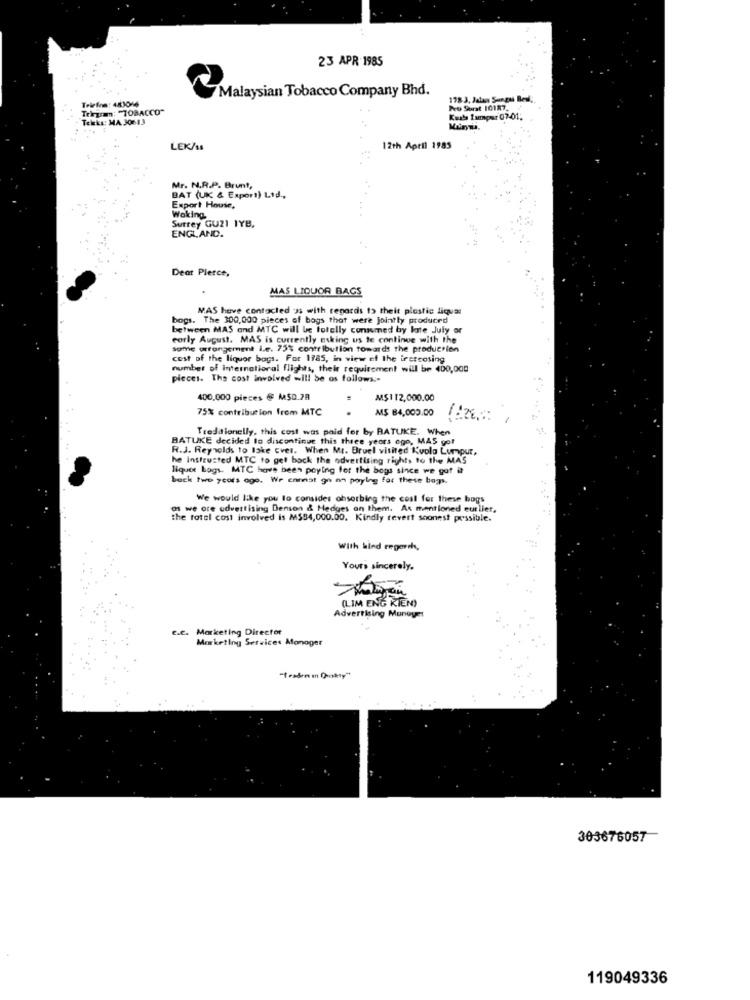
23 APR 1985
Malaysian Tobacco Company Bhd.
Telefon: 483016
178.3, Jalan Sangui Besi,
Trigram: "TOBACCO"
No Surat 10187.
Tekka: MA 30613
Karls Lumpur 07-01;
LEK/s8
12th April 1985
Mr. N.R.P. Brunt,
BAT (UK & Export) Ltd .,
Export House,
Surrey GU21 1YB,
Woking
ENGLAND.
Dear Pierce,
MAS LIQUOR BAGS
NAS have contacted oss with regards to theit plastic liquar
bogs. The 300,000 pieces of bogs that were jointly produced
between MAS and MTC will be totelly consumed by late July or
eorly August. MAS is currently asking us te continue with the
same arrangement i.e. 75% contribution towards the production
cost of the liquor bags. For 1785, in view ef the irerecting
number of international flights, their requirement will be 400,000
pieces. The cost involved will be as follows ..
400,000 pieces @ M50.28
M$112,000.00
75% contribution from MTC
MS 84,000.00
Tredalonelly, this cost was paid for by BATUKE. When
BATUKE decided to discontinue this three years ago, MAS got
R.J. Reynolds to Bake Ever. When Mt. Bruel visited Kvolo Lumpur,
he instrusted MTC to get back the advertising rights to the MAS
liquor Logs. MTC have been paying for the bogs since we got it
beck two years age. We cannat go on paying for these boys.
We would like you lo consider absorbing the coal for these bogs
as we ore advertising Denson & Hedges on them. As mentioned eurlier,
the total cost involved is M$84,000.00. Kindly revert soonest possible.
With kind regorch,
Yours sincerely.
(LIM ENG KIEN)
Advertising Munoyet
G.C. Marketing Director
Marketing Services Monoger
303676057
119049336